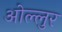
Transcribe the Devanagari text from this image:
ओल्लुर